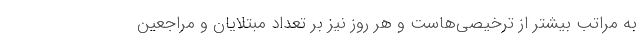
به مراتب بیشتر از ترخیصی‌هاست و هر روز نیز بر تعداد مبتلایان و مراجعین